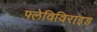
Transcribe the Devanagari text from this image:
फ्लेविविराइड